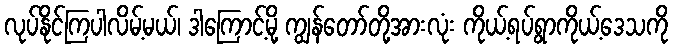
လုပ်နိုင်ကြပါလိမ့်မယ်၊ ဒါကြောင့်မို့ ကျွန်တော်တို့အားလုံး ကိုယ့်ရပ်ရွာကိုယ့်ဒေသကို